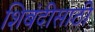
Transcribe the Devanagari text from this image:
शिबंदीसाठी